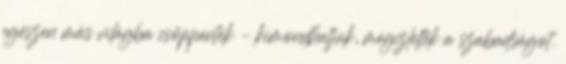
egészen más világba csöppentek – kimondhatjuk, megízlelték a szabadságot.